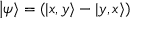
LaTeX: \left| \psi \right\rangle = ( \left| x , y \right\rangle - \left| y , x \right\rangle )